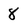
Character: 8